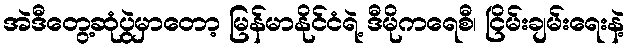
အဲဒီတွေ့ဆုံပွဲမှာတော့ မြန်မာနိုင်ငံရဲ့ ဒီမိုကရေစီ၊ ငြိမ်းချမ်းရေးနဲ့